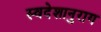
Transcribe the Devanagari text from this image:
स्वदेशानुराग